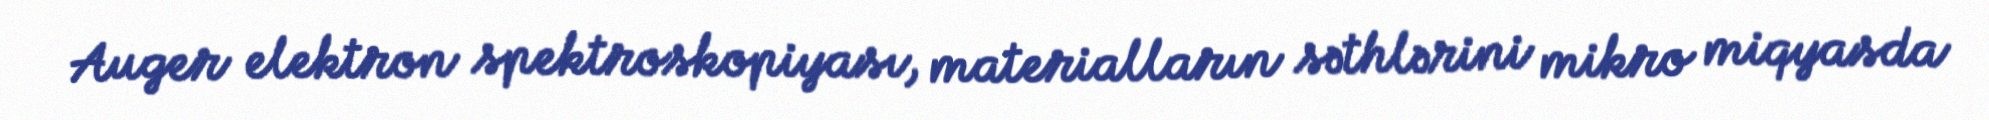
Auger elektron spektroskopiyası, materialların səthlərini mikro miqyasda